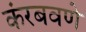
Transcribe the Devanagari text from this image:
कंरबवणे